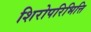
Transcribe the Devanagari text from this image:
शिरोपरिभित्ति